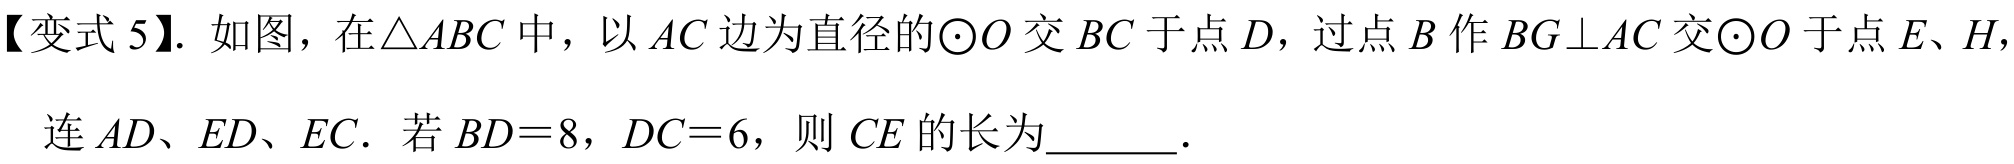
【变式5】. 如图，在\(\triangle ABC\)中，以\(AC\)边为直径的\(\odot O\)交\(BC\)于点\(D\)，过点\(B\)作\(BG\perp AC\)交\(\odot O\)于点\(E、H\)，
连\(AD、ED、EC\). 若\(BD = 8\)，\(DC = 6\)，则\(CE\)的长为  .